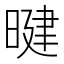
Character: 𪰷